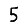
Digit: 5